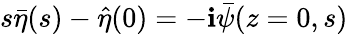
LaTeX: s\bar{\eta}(s)-\hat{\eta}(0)=-\textbf{i}\bar{\psi}(z=0,s)